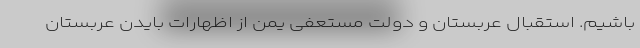
باشیم. استقبال عربستان و دولت مستعفی یمن از اظهارات بایدن عربستان